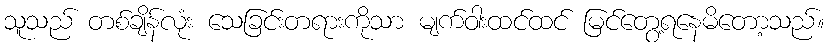
သူသည် တစ်ချိန်လုံး သေခြင်းတရားကိုသာ မျက်ဝါးထင်ထင် မြင်တွေ့ရနေမိတော့သည်။